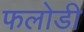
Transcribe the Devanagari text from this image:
फलोडी